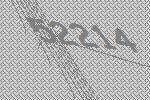
52214